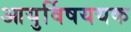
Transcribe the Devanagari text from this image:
आयुर्विषययक